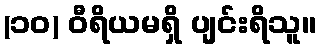
(၁၀) ဝီရိယမရှိ ပျင်းရိသူ။